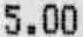
5.00